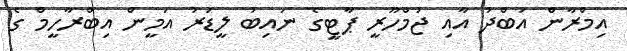
އިމްރާން އަބްދު އާއި ޖުމްހޫރީ ޕާޓީގެ ނައިބު ލީޑަރު އަމީން އިބްރާހީމް ގެ